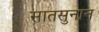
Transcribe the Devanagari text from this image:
सातसुनान